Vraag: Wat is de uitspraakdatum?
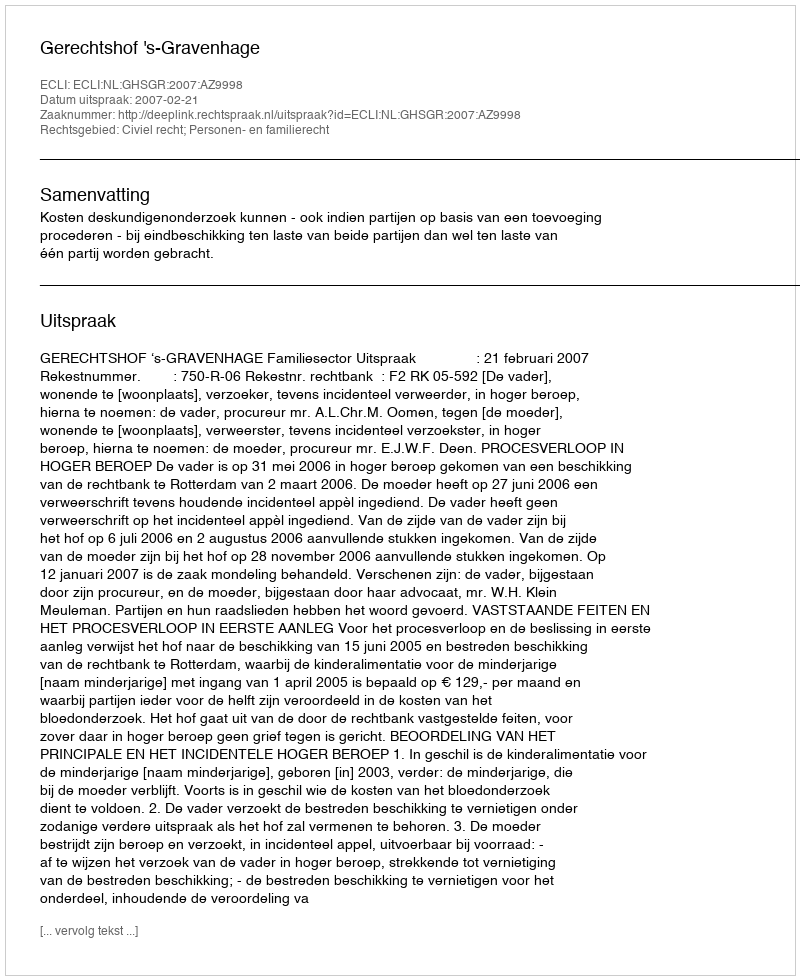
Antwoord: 2007-02-21